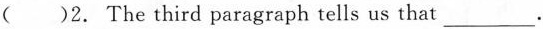
( )2. The third paragraph tells us that ___.